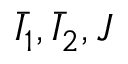
{ \bar { I } } _ { 1 } , { \bar { I } } _ { 2 } , J